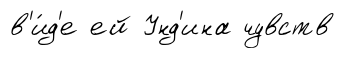
в'и́д'е ей Унд'ина чувств